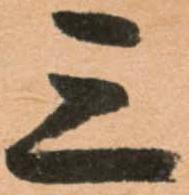
三